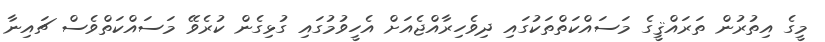
މީގެ އިތުރުން ތަރައްޤީގެ މަސައްކަތްތަކުގައި ދިވެހިރާއްޖެއަށް އެހީވުމުގައި ގުޅިގެން ކުރެވޭ މަސައްކަތްވެސް ޗައިނާ